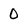
Character: 0